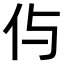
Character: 𠇐